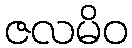
ဇလမိဝ